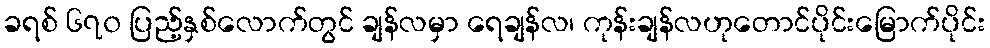
ခရစ် ၆၇၀ ပြည့်နှစ်လောက်တွင် ချန်လမှာ ရေချန်လ၊ ကုန်းချန်လဟုတောင်ပိုင်းမြောက်ပိုင်း